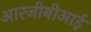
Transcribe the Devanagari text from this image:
आरजीबीआई